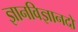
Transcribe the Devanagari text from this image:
ज्ञानविज्ञानदो